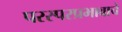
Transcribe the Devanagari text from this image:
परस्परप्रभावाचे